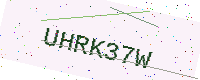
Text: UHRK37W